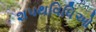
શપથવિધિઓ